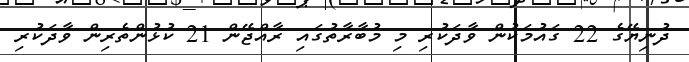
ދުނިޔޭގެ 22 ގައުމަކުން ވާދަކުރި މި މުބާރާތުގައި ރާއްޖޭން 21 ކުޅުންތެރިން ވާދަކުރި